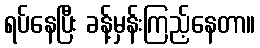
ရပ်နေပြီး ခန့်မှန်းကြည့်နေတာ။